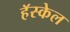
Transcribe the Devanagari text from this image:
हॅस्केल